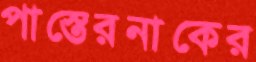
পাস্তেরনাকের